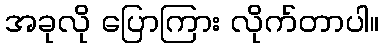
အခုလို ပြောကြား လိုက်တာပါ။